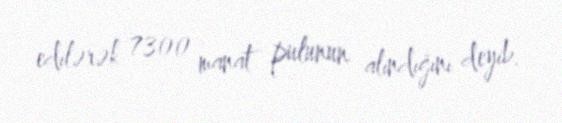
edilərək 7300 manat pulunun alındığını deyib.